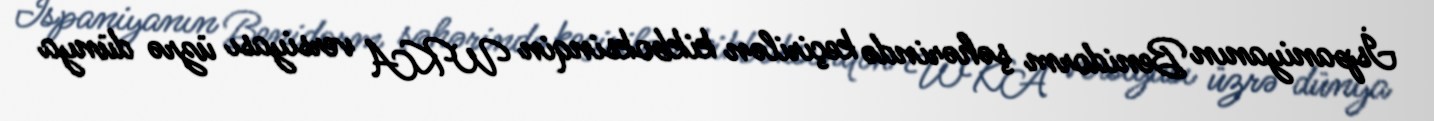
İspaniyanın Benidorm şəhərində keçirilən kikboksinqin WKA versiyası üzrə dünya